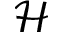
\mathcal { H }